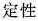
定性